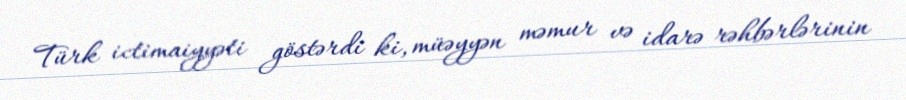
Türk ictimaiyyəti göstərdi ki, müəyyən məmur və idarə rəhbərlərinin